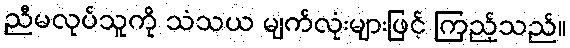
ညီမလုပ်သူကို သံသယ မျက်လုံးများဖြင့် ကြည့်သည်။